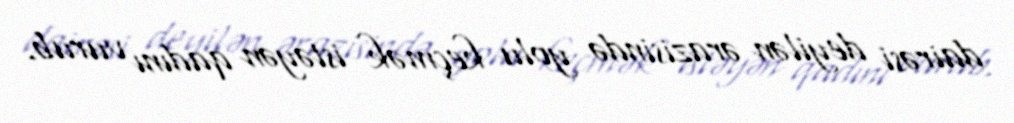
dairəsi deyilən ərazisində yolu keçmək istəyən qadını vurub.